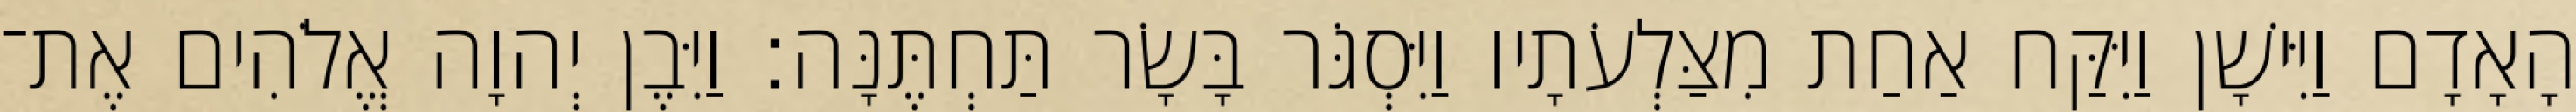
הָאָדָם וַיִּישָׁן וַיִּקַּח אַחַת מִצַּלְעֹתָיו וַיִּסְגֹּר בָּשָׂר תַּחְתֶּנָּה׃ וַיִּבֶן יְהוָה אֱלֹהִים אֶת־